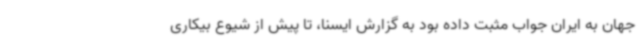
جهان به ایران جواب مثبت داده بود به گزارش ایسنا، تا پیش از شیوع بیکاری